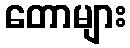
တောများ